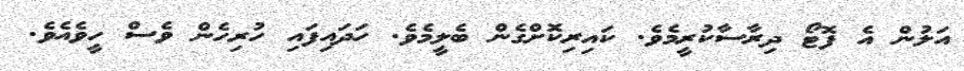
އަލުން އެ ފޮޓޯ ދިރާސާކުރީމެވެ. ކައިރިކޮށްގެން ބެލީމެވެ. ހަދައިފައި ހުރިހެން ވެސް ހީވެއެވެ.